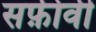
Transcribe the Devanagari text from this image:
सफ़ीवी